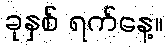
ခုနှစ် ရက်နေ့။